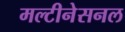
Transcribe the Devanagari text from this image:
मल्टीनेसनल